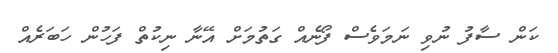
ކަން ސާފު ނުވި ނަމަވެސް ފޯނެއް ގަތުމަށް އޭނާ ނިކުތް ފަހުން ހަބަރެއް